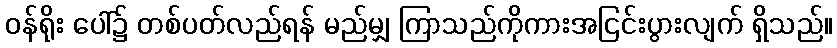
ဝန်ရိုး ပေါ်၌ တစ်ပတ်လည်ရန် မည်မျှ ကြာသည်ကိုကားအငြင်းပွားလျက် ရှိသည်။